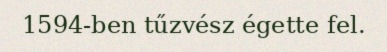
1594-ben tűzvész égette fel.